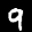
Label: 9